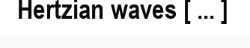
Hertzian waves [ ... ]